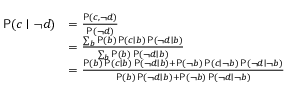
\begin{array} { r l } { \mathsf P ( c \mid \lnot d ) } & { = \frac { \mathsf P ( c , \lnot d ) } { \mathsf P ( \lnot d ) } } \\ & { = \frac { \sum _ { b } \mathsf P ( b ) \, \mathsf P ( c \mid b ) \, \mathsf P ( \lnot d \mid b ) } { \sum _ { b } \mathsf P ( b ) \, \mathsf P ( \lnot d \mid b ) } } \\ & { = \frac { \mathsf P ( b ) \, \mathsf P ( c \mid b ) \, \mathsf P ( \lnot d \mid b ) + \mathsf P ( \lnot b ) \, \mathsf P ( c \mid \lnot b ) \, \mathsf P ( \lnot d \mid \lnot b ) } { \mathsf P ( b ) \, \mathsf P ( \lnot d \mid b ) + \mathsf P ( \lnot b ) \, \mathsf P ( \lnot d \mid \lnot b ) } } \end{array}